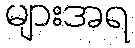
များအရ